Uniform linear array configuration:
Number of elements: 64
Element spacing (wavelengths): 0.75
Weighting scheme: cosine
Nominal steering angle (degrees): -60
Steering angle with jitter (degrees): -58.28
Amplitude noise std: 0.05
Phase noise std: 0.05

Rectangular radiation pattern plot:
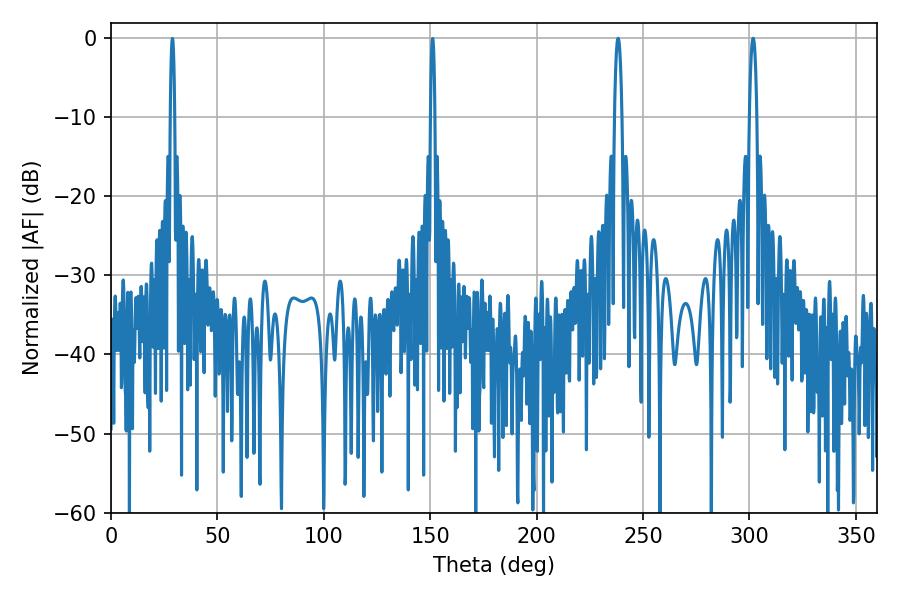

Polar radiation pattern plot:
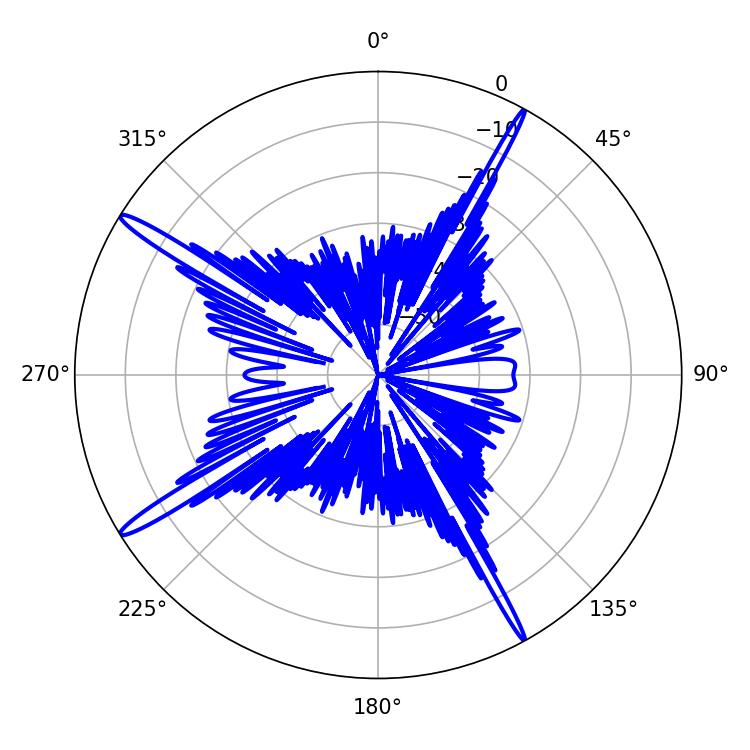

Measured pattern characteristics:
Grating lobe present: TRUE
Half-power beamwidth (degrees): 1.98
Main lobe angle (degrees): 301.68